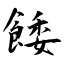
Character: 餧